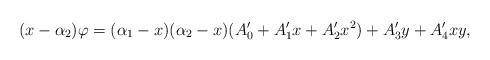
LaTeX: \begin{align*}(x-\alpha_2)\varphi=(\alpha_1-x)(\alpha_2-x)(A_0'+A_1'x+A_2'x^2)+A_3'y+A_4'xy,\end{align*}